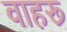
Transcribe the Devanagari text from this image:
वाहरू